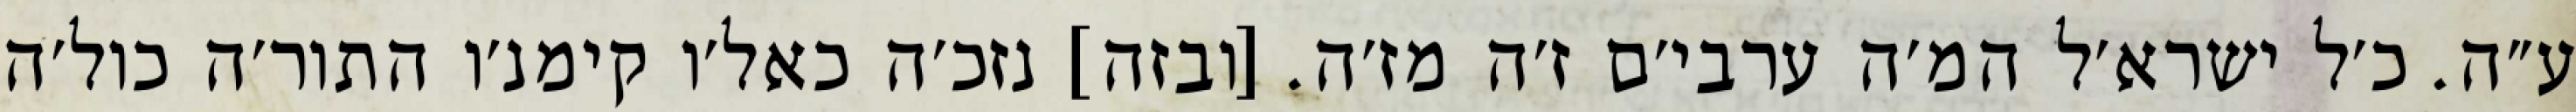
ע״ה. כ׳ל ישרא׳ל המ׳ה ערבי׳ם ז׳ה מז׳ה. [ובזה] נזכ׳ה כאל׳ו קימנ׳ו התור׳ה כול׳ה